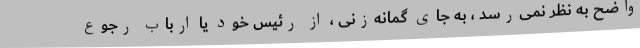
واضح به نظر نمی‌رسد ، به جای گمانه‌زنی ، از رئیس خود یا ارباب رجوع